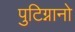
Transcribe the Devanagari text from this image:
पुटिग्नानो